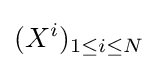
(X^{i})_{1\leq i\leq N}